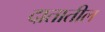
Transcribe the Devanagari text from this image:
दातातील